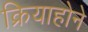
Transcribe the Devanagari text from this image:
क्रियाहोने